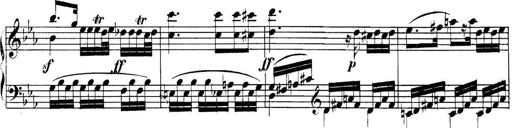
Title: Collected Piano Sonatas
Composer: Muzio Clementi